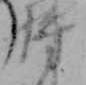
将